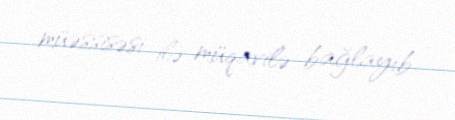
müəssisəsi ilə müqavilə bağlayıb.